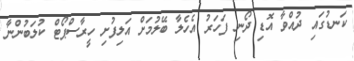
ކަނޑުގައި ދުއްވާ އޮޑި ދޯނި ފަހަރު އެހެލާ ބޭލުމަށް އަލިފުށި ހީރާސްޕޯޓް ކުލަބުންނާ